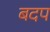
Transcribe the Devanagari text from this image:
बदप